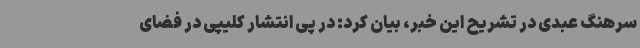
سرهنگ عبدی در تشریح این خبر، بیان کرد: در پی انتشار کلیپی در فضای